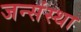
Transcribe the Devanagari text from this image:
जन्संस्था